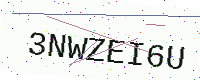
Text: 3NWZEI6U